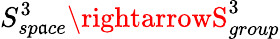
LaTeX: S_{sp\mathfrak{a}ce}^{3}\rightarrowS_{group}^{3}